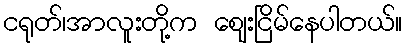
ငရုတ်၊အာလူးတို့က ဈေးငြိမ်နေပါတယ်။